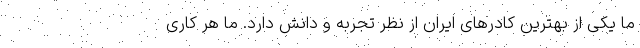
ما یکی از بهترین کادر‌های ایران از نظر تجربه و دانش دارد. ما هر کاری